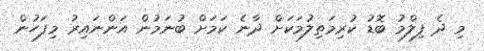
މި ދެ ފިލްމު ބޮޑު ކުރިމަތިލުމަކަށް ދާނެ ކަމަށް ބުނަމުން އަންނައިރު މިފަހުން